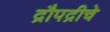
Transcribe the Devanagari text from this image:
द्रौपद्रीचे